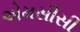
એમસીસી